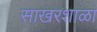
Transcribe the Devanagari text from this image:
साखरशाळा